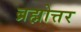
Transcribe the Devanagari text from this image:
ब्रह्मोत्तर